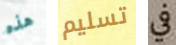
هذه تسليم في